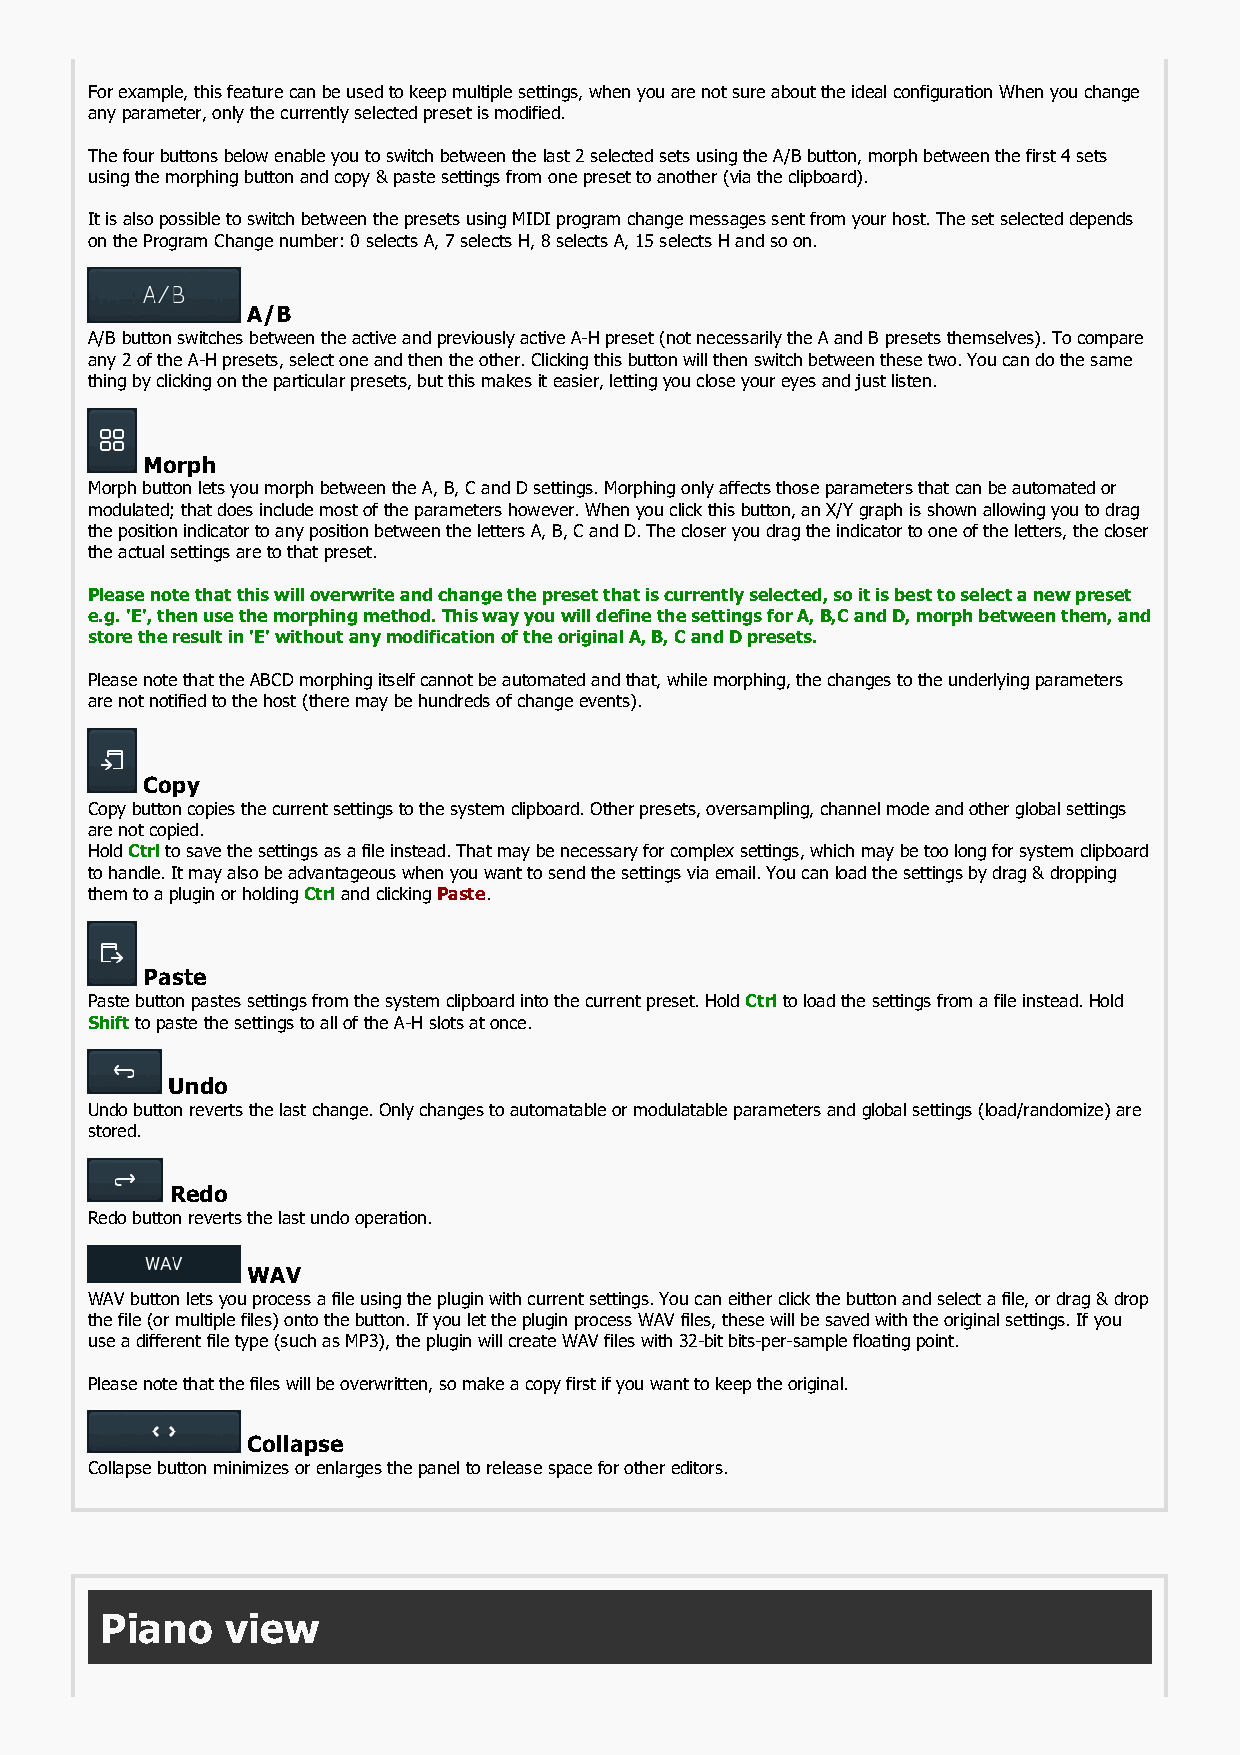
For example, this feature can be used to keep multiple settings, when you are not sure about the ideal configuration When you change
 any parameter, only the currently selected preset is modified.
 The four buttons below enable you to switch between the last 2 selected sets using the A/B button, morph between the first 4 sets
 using the morphing button and copy & paste settings from one preset to another (via the clipboard).
 It is also possible to switch between the presets using MIDI program change messages sent from your host. The set selected depends
 on the Program Change number: 0 selects A, 7 selects H, 8 selects A, 15 selects H and so on.
 A/B
 A/B button switches between the active and previously active A-H preset (not necessarily the A and B presets themselves). To compare
 any 2 of the A-H presets, select one and then the other. Clicking this button will then switch between these two. You can do the same
 thing by clicking on the particular presets, but this makes it easier, letting you close your eyes and just listen.
 Morph
 Morph button lets you morph between the A, B, C and D settings. Morphing only affects those parameters that can be automated or
 modulated; that does include most of the parameters however. When you click this button, an X/Y graph is shown allowing you to drag
 the position indicator to any position between the letters A, B, C and D. The closer you drag the indicator to one of the letters, the closer
 the actual settings are to that preset.
 Please note that this will overwrite and change the preset that is currently selected, so it is best to select a new preset
 e.g. 'E', then use the morphing method. This way you will define the settings for A, B,C and D, morph between them, and
 store the result in 'E' without any modification of the original A, B, C and D presets.
 Please note that the ABCD morphing itself cannot be automated and that, while morphing, the changes to the underlying parameters
 are not notified to the host (there may be hundreds of change events).
 Copy
 Copy button copies the current settings to the system clipboard. Other presets, oversampling, channel mode and other global settings
 are not copied.
 Hold Ctrl to save the settings as a file instead. That may be necessary for complex settings, which may be too long for system clipboard
 to handle. It may also be advantageous when you want to send the settings via email. You can load the settings by drag & dropping
 them to a plugin or holding Ctrl and clicking Paste.
 Paste
 Paste button pastes settings from the system clipboard into the current preset. Hold Ctrl to load the settings from a file instead. Hold
 Shift to paste the settings to all of the A-H slots at once.
 Undo
 Undo button reverts the last change. Only changes to automatable or modulatable parameters and global settings (load/randomize) are
 stored.
 Redo
 Redo button reverts the last undo operation.
 WAV
 WAV button lets you process a file using the plugin with current settings. You can either click the button and select a file, or drag & drop
 the file (or multiple files) onto the button. If you let the plugin process WAV files, these will be saved with the original settings. If you
 use a different file type (such as MP3), the plugin will create WAV files with 32-bit bits-per-sample floating point.
 Please note that the files will be overwritten, so make a copy first if you want to keep the original.
 Collapse
 Collapse button minimizes or enlarges the panel to release space for other editors.
 Piano   view